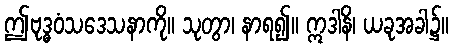
ဤဗုဒ္ဓဝံသဒေသနာကို။ သုတွာ၊ နာရ၍။ ဣဒါနိ၊ ယခုအခါ၌။